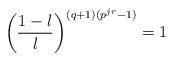
LaTeX: \begin{align*}\left(\frac{1-\l}{\l}\right)^{(q+1)(p^{jr}-1)} = 1\end{align*}